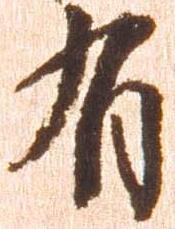
有